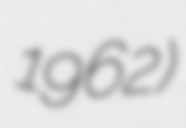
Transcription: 1962)